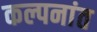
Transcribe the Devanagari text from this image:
कल्पनांत